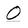
Character: O